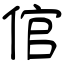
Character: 倌